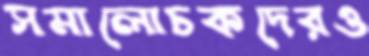
সমালোচকদেরও